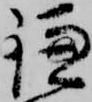
鎌